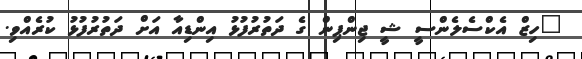
"ހިޒް އެކްސެލެންސީ ޝީ ޖިންޕިން ގެ ދަތުރުފުޅު އިންޑިއާ އަށް ދަތުރުފުޅު ކުރެއްވި.